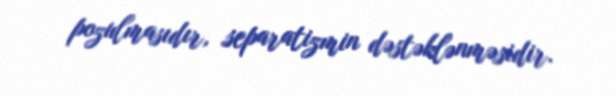
pozulmasıdır, separatizmin dəstəklənməsidir.